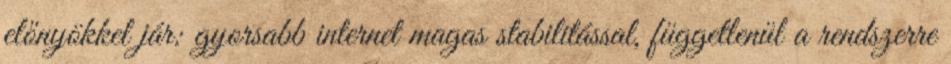
előnyökkel jár: gyorsabb internet magas stabilitással, függetlenül a rendszerre